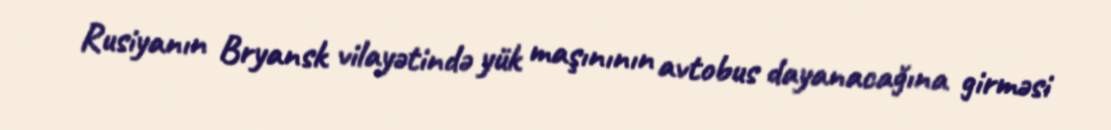
Rusiyanın Bryansk vilayətində yük maşınının avtobus dayanacağına girməsi